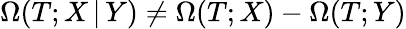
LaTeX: \Omega(T;X\, |\, Y)\ne\Omega(T;X)-\Omega(T;Y)